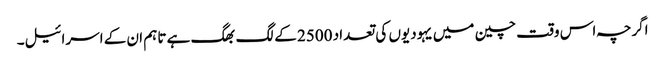
اگرچہ اس وقت چین میں یہودیوں کی تعداد 2500 کے لگ بھگ ہے تاہم ان کے اسرائیل۔